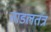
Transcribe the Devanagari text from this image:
ताडलतंत्र